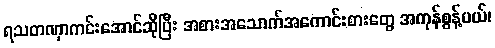
ရသတဏှာကင်းအောင်ဆိုပြီး အစားအသောက်အကောင်းစားတွေ အကုန်စွန့်ပယ်၊